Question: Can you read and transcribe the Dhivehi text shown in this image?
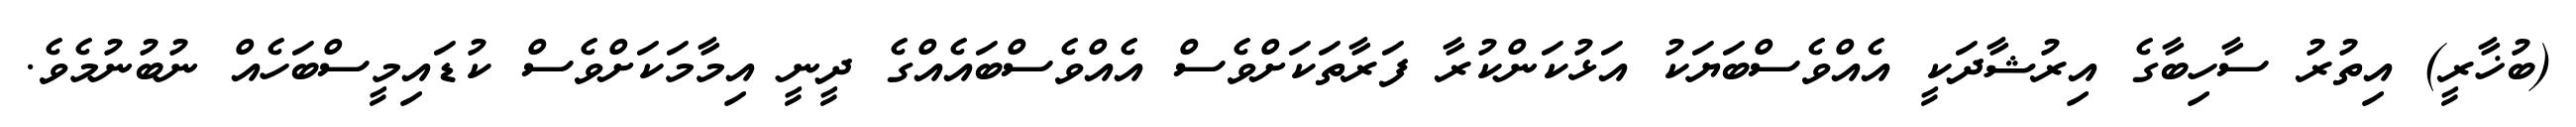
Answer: (ބުޚާރީ) އިތުރު ސާހިބާގެ އިރުޝާދަކީ އެއްވެސްބަޔަކު އަޅުކަންކުރާ ފަރާތަކަށްވެސް އެއްވެސްބައެއްގެ ދީނީ އިމާމަކަށްވެސް ކުޑައިމީސްބަހެއް ނުބުނުމެވެ.